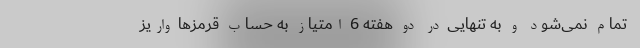
تمام نمی‌شود و به تنهایی در دو هفته 6 امتیاز به حساب قرمزها واریز